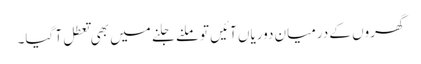
گھروں کے درمیان دوریاں آئیں تو ملنے جلنے میں بھی تعطل آ گیا۔